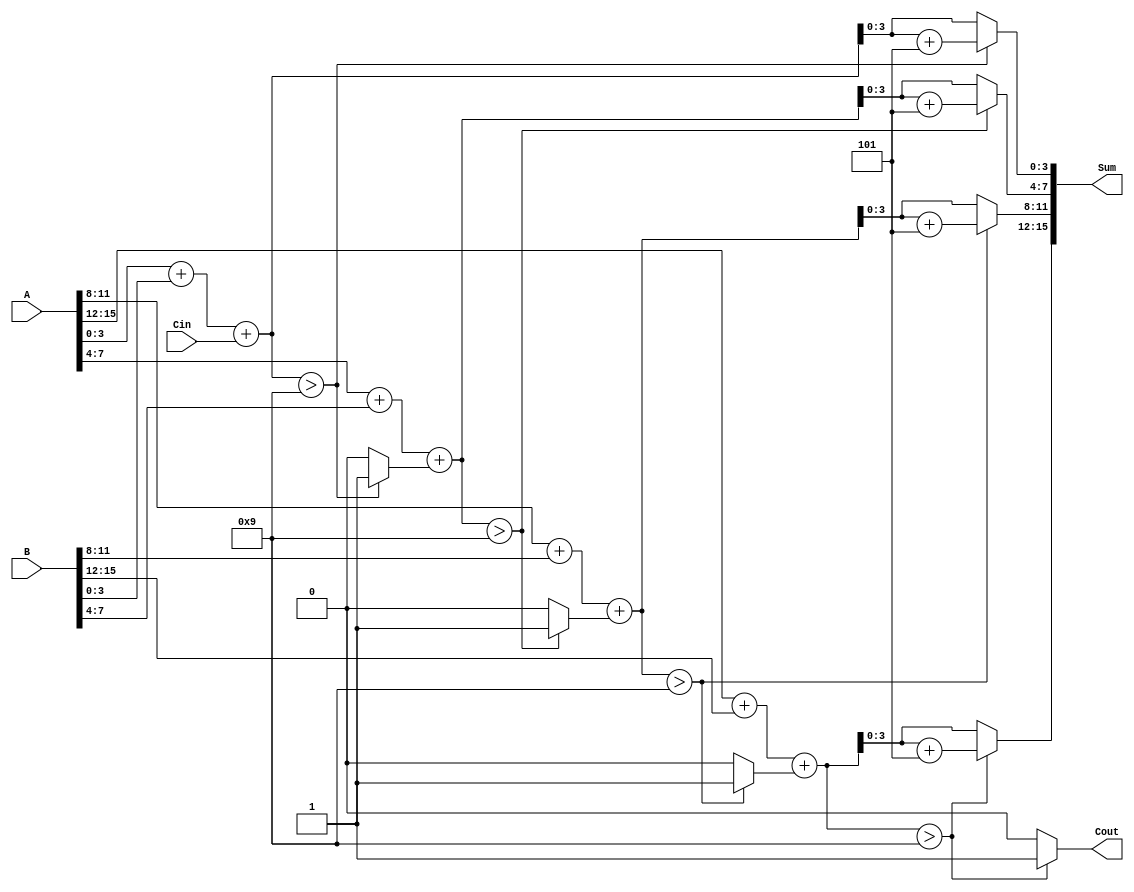
module BCD_Redundant_Binary_Adder (
    input [15:0] A,      // First BCD input in redundant binary format (4 digits)
    input [15:0] B,      // Second BCD input in redundant binary format (4 digits)
    input Cin,           // Carry input
    output reg [15:0] Sum, // BCD output in redundant binary format
    output reg Cout      // Carry output
);

    reg [4:0] temp_sum; // Temporary sum for each digit (5 bits to accommodate carry)
    reg carry;          // Carry for the next digit
    integer i;         // Loop index

    always @(*) begin
        carry = Cin; // Initialize carry with the input carry
        Sum = 0;     // Initialize Sum to zero
        Cout = 0;    // Initialize Cout to zero

        for (i = 0; i < 4; i = i + 1) begin
            // Add corresponding digits and carry
            temp_sum = A[i*4 +: 4] + B[i*4 +: 4] + carry;

            // Check if correction is needed (if sum exceeds 9)
            if (temp_sum > 9) begin
                temp_sum = temp_sum + 5; // Add 6 in binary (which is 5 in redundant binary)
                carry = 1; // Set carry for the next digit
            end else begin
                carry = 0; // No carry to the next digit
            end

            // Assign the lower 4 bits of temp_sum to the corresponding digit of Sum
            Sum[i*4 +: 4] = temp_sum[3:0];
        end

        // Set the final carry output
        Cout = carry;
    end

endmodule